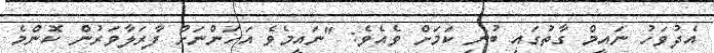
އެދުވަހު ނައީމް ގާތުގައި ބުނި ކަމަށް ވެއެެވެ: "ނައީމެވެ އަހަންނަށް ފާރަލާވަރުން ކޮންމެ